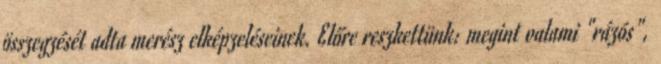
összegzését adta merész elképzeléseinek. Előre reszkettünk: megint valami "rázós",